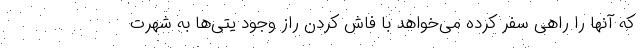
که آنها را راهی سفر کرده می‌خواهد با فاش کردن راز وجود یتی‌ها به شهرت